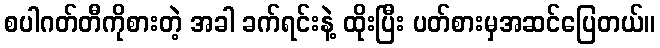
စပါဂတ်တီကိုစားတဲ့ အခါ ခက်ရင်းနဲ့ ထိုးပြီး ပတ်စားမှအဆင်ပြေတယ်။